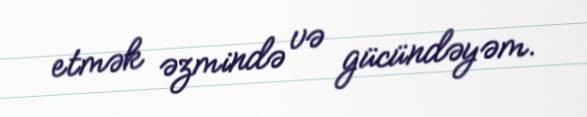
etmək əzmində və gücündəyəm.